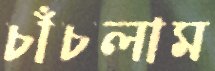
চাঁচলাম